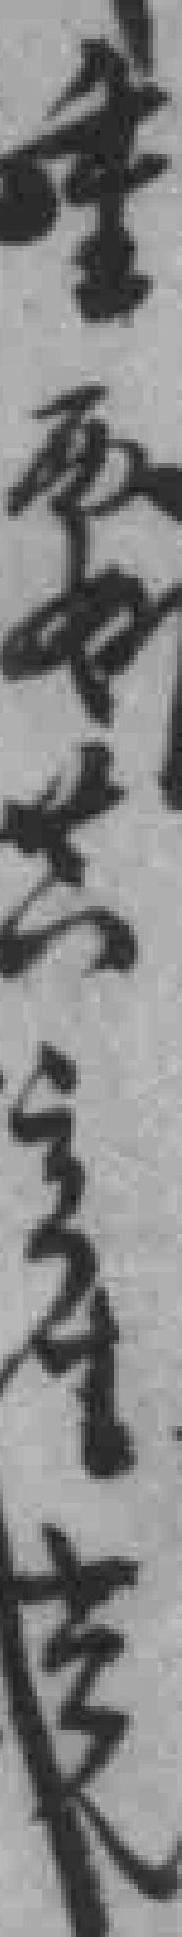
重要共產党